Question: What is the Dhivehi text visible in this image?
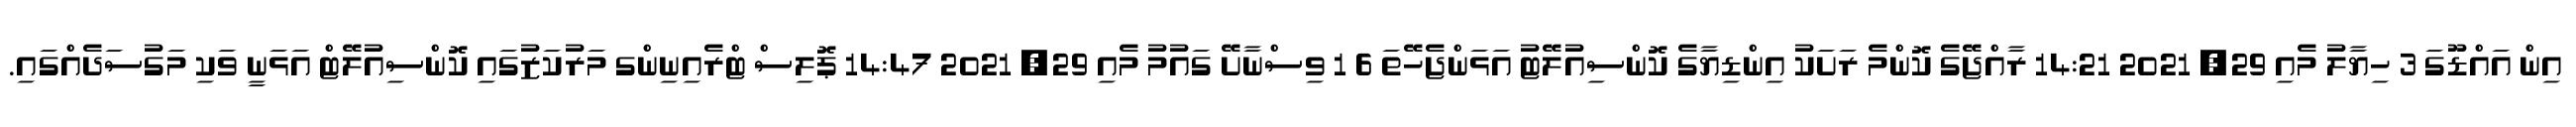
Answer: އިން އައްޑޫގަ 3 ހިޔާލު މެއި 29, 2021 14:21 ރާއްޖޭގެ ކޮންމެ ރަށަކު އިންޑިޔާގެ ކޮންސިއުލޭޓު އަޅަންޖެހޭތަ 6 1 ވިސްނާށޭ ގައުމު މެއި 29, 2021 14:47 ޕޮލިސް ޓްރެއިނިންގ މަރުކަޒުގައި ކޮންސިއުލޭޓް އަޅަނީ ވަކި މަގުސަދެއްގައި.